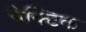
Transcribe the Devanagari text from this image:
पेक्टिक